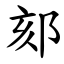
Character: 郂